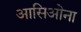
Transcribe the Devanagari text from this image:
आसिओना